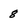
Character: 8